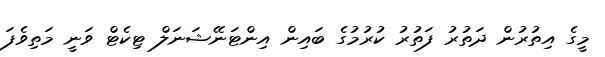
މީގެ އިތުރުން ދަތުރު ފަތުރު ކުރުމުގެ ބައިން އިންޓަނޭޝަނަލް ޓިކެޓް ވަނީ މަތިވެފަ